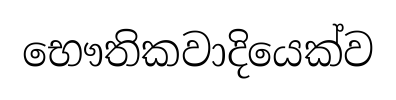
භෞතිකවාදියෙක්ව